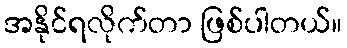
အနိုင်ရလိုက်တာ ဖြစ်ပါတယ်။